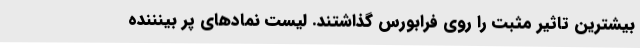
بیشترین تاثیر مثبت را روی فرابورس گذاشتند. لیست نمادهای پر بینننده